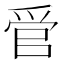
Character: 𬋩